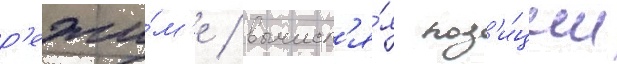
р'ежи́м'е / вычисл'я́я поз'и́ции